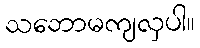
သဘောမကျလှပါ။